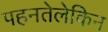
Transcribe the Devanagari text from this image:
पहनतेलेकिन